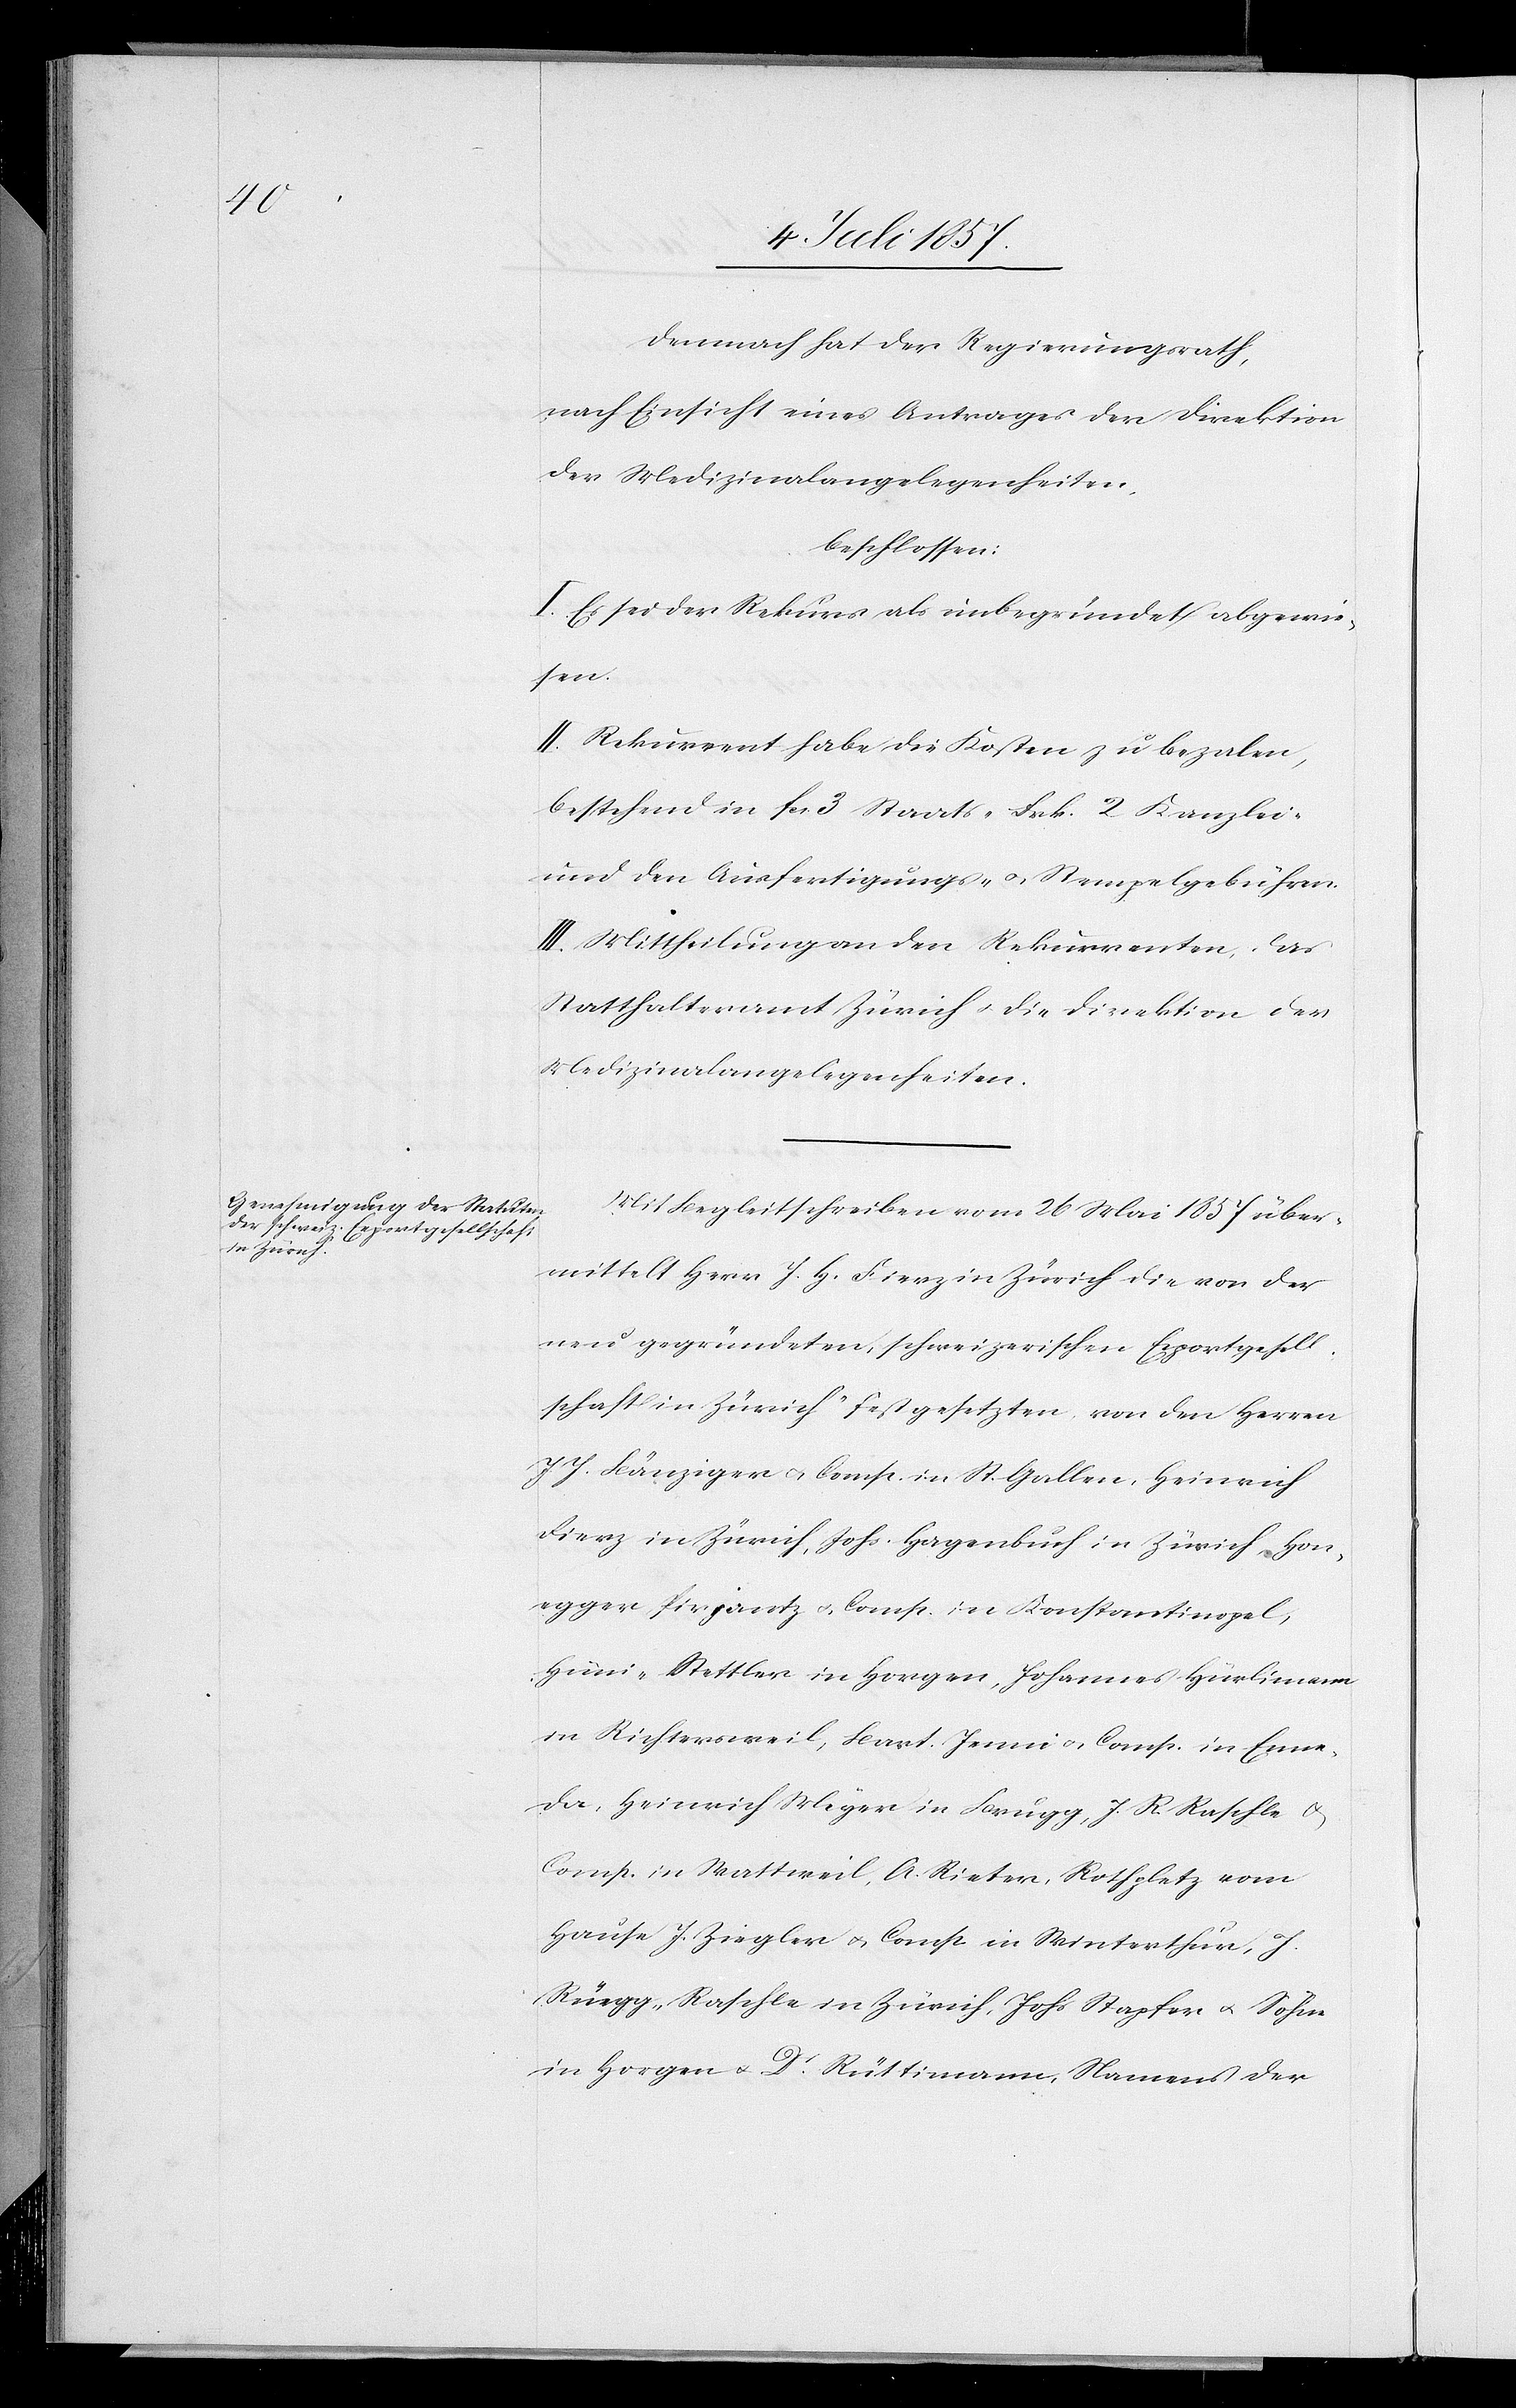
Demnach hat der Regierungsrath,
nach Einsicht eines Antrages der Direktion
der Medizinalangelegenheiten,
beschlossen:
I. Es sei der Rekurs als unbegründet abgewie¬
sen.
II. Rekurrent habe die Kosten zu bezalen,
bestehend in fcs. 3 Staats- Frk. 2 Kanzlei-
und den Ausfertigungs- & Stempelgebühren.
III. Mittheilungen an den Rekurrenten, das
Statthalteramt Zürich & die Direktion der
Medizinalangelegenheiten.
Mit Begleitschreiben vom 26 Mai 1857 über¬
mittelt Herr J. H. Fierz in Zürich die von der
neu gegründeten, schweizerischen Exportgesell¬
schaft in Zürich festgesetzten von den Herren
J. J. Bänziger & Comp. in St. Gallen, Heinrich
Fierz in Zürich, Johs. Hagenbuch in Zürich, Hon¬
egger, Pirjantz & Comp. in Konstantinopel,
Hüni-Stettler in Horgen, Johannes Hürlimann
in Richtersweil, Bart. Jenni & Comp. in Enne¬
da, Heinrich Meyer in Brugg, J. R. Raschle &
Comp. in Wattweil, A. Rieter, Rothplatz vom
Hause J. Ziegler & Comp in Winterthur, J.
Rüegg-Raschle in Zürich, Johs. Stapfer & Sohn
in Horgen & Dr Rüttimann Namens der